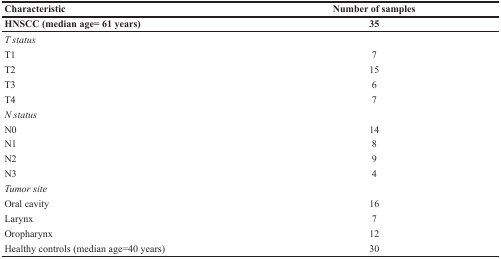
<table><thead><tr><td><b>Characteristic</b></td><td><b>Number of samples</b></td></tr><tr><td><b>HNSCC (median age= 61 years)</b></td><td><b>35</b></td></tr></thead><tbody><tr><td><i>T status</i></td><td></td></tr><tr><td>T1</td><td>7</td></tr><tr><td>T2</td><td>15</td></tr><tr><td>T3</td><td>6</td></tr><tr><td>T4</td><td>7</td></tr><tr><td><i>N status</i></td><td></td></tr><tr><td>N0</td><td>14</td></tr><tr><td>N1</td><td>8</td></tr><tr><td>N2</td><td>9</td></tr><tr><td>N3</td><td>4</td></tr><tr><td><i>Tumor site</i></td><td></td></tr><tr><td>Oral cavity</td><td>16</td></tr><tr><td>Larynx</td><td>7</td></tr><tr><td>Oropharynx</td><td>12</td></tr><tr><td>Healthy controls (median age=40 years)</td><td>30</td></tr></tbody></table>